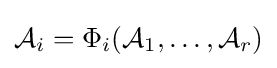
{\mathcal {A}}_{i}=\Phi _{i}({\mathcal {A}}_{1},\dots ,{\mathcal {A}}_{r})